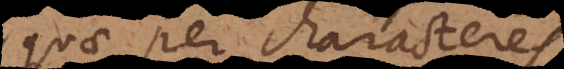
quae per characteres